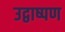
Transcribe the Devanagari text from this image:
उद्वाष्पण